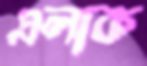
এলাক